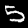
Label: 5